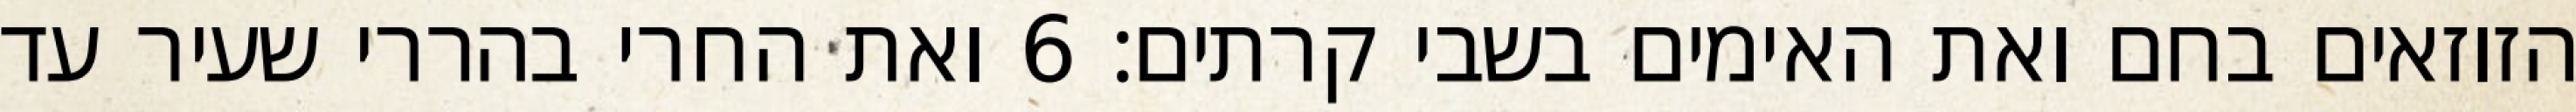
הזוזאים בחם ואת האימים בשבי קרתים׃ ‎6‏ ואת החרי בהררי שעיר עד